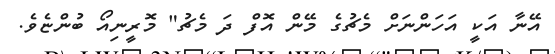
އޭނާ އަކީ އަހަންނަށް މެޗުގެ މޭން އޮފް ދަ މެޗު" މޮރީނިއޯ ބުންޏެވެ.